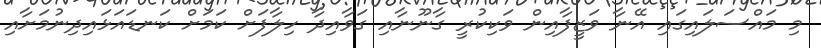
މި މައްސަލައިގައި އޭނާ ވަޒީފާއިން ވަކިކުރީ ގާނޫނާއި ގަވާއިދާ ހިލާފަށް ކަމަށް ކަނޑައަޅައިދިނުމަށާއި